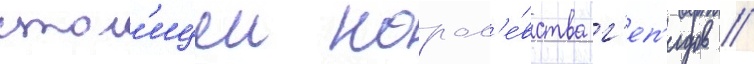
стол'ицеи корол'е́вства г'еп'идов //